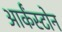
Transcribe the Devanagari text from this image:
आर्कंस्टोन